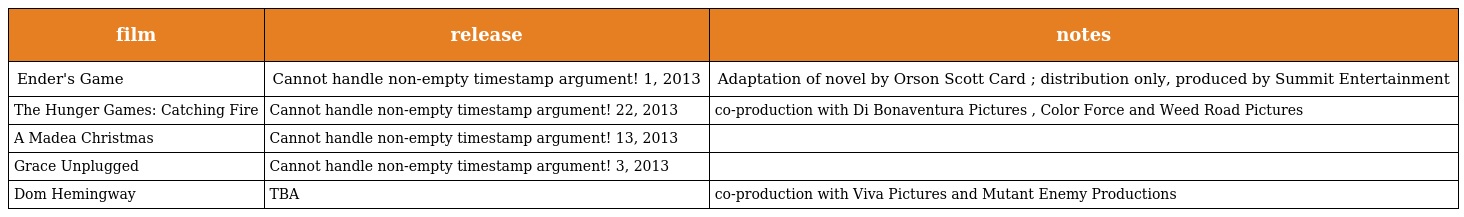
| film | release | notes |
 | --- | --- | --- |
 | Ender's Game | Cannot handle non-empty timestamp argument! 1, 2013 | Adaptation of novel by Orson Scott Card ; distribution only, produced by Summit Entertainment |
 | The Hunger Games: Catching Fire | Cannot handle non-empty timestamp argument! 22, 2013 | co-production with Di Bonaventura Pictures , Color Force and Weed Road Pictures |
 | A Madea Christmas | Cannot handle non-empty timestamp argument! 13, 2013 |  |
 | Grace Unplugged | Cannot handle non-empty timestamp argument! 3, 2013 |  |
 | Dom Hemingway | TBA | co-production with Viva Pictures and Mutant Enemy Productions |